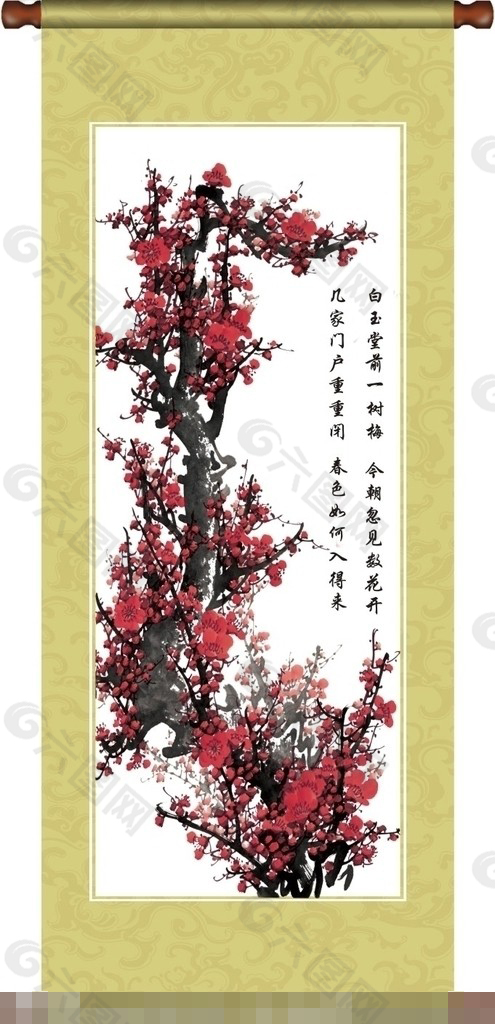
旧曲梅花唱，新正柏酒传。